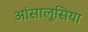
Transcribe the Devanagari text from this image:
आंसालुसिया